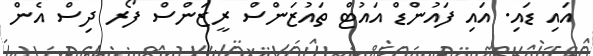
އައި ޑައި. އައި ފައުންޑް އައުޓް ތައުޒަންސް ރީޒަންސް ފޯރ ދިސް އެން